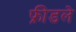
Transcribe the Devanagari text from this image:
फ्रीडले